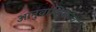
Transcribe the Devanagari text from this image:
आनुवांशिकत्व